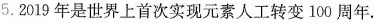
5.2019年是世界上首次实现元素人工转变100周年.